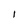
Character: I